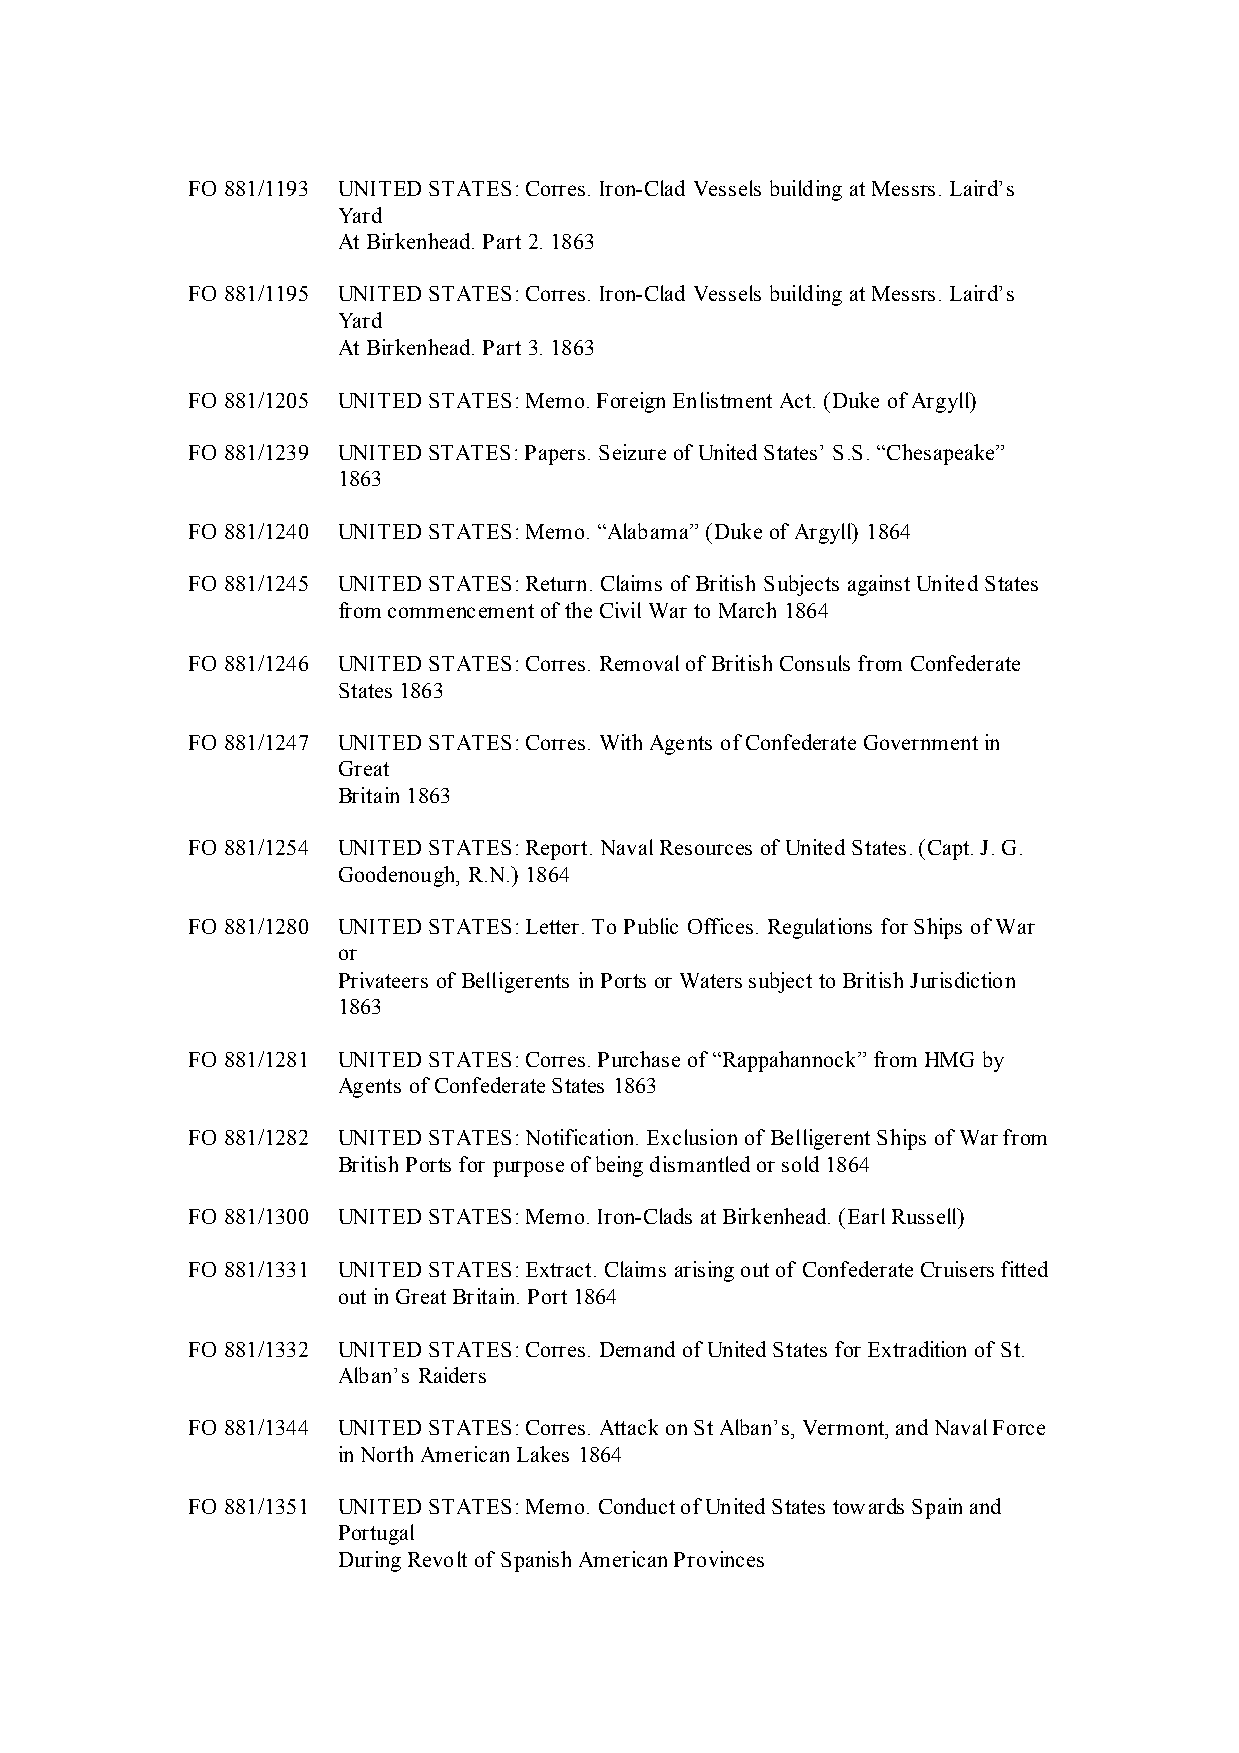
FO 881/1193 UNITED STATES: Corres. Iron-Clad Vessels building at Messrs. Laird’s
 Yard
 At Birkenhead. Part 2. 1863
 FO 881/1195 UNITED STATES: Corres. Iron-Clad Vessels building at Messrs. Laird’s
 Yard
 At Birkenhead. Part 3. 1863
 FO 881/1205 UNITED STATES: Memo. Foreign Enlistment Act. (Duke of Argyll)
 FO 881/1239 UNITED STATES: Papers. Seizure of United States’ S.S. “Chesapeake”
 1863
 FO 881/1240 UNITED STATES: Memo. “Alabama” (Duke of Argyll) 1864
 FO 881/1245 UNITED STATES: Return. Claims of British Subjects against United States
 from commencement of the Civil War to March 1864
 FO 881/1246 UNITED STATES: Corres. Removal of British Consuls from Confederate
 States 1863
 FO 881/1247 UNITED STATES: Corres. With Agents of Confederate Government in
 Great
 Britain 1863
 FO 881/1254 UNITED STATES: Report. Naval Resources of United States. (Capt. J. G.
 Goodenough, R.N.) 1864
 FO 881/1280 UNITED STATES: Letter. To Public Offices. Regulations for Ships of War
 or
 Privateers of Belligerents in Ports or Waters subject to British Jurisdiction
 1863
 FO 881/1281 UNITED STATES: Corres. Purchase of “Rappahannock” from HMG by
 Agents of Confederate States 1863
 FO 881/1282 UNITED STATES: Notification. Exclusion of Belligerent Ships of War from
 British Ports for purpose of being dismantled or sold 1864
 FO 881/1300 UNITED STATES: Memo. Iron-Clads at Birkenhead. (Earl Russell)
 FO 881/1331 UNITED STATES: Extract. Claims arising out of Confederate Cruisers fitted
 out in Great Britain. Port 1864
 FO 881/1332 UNITED STATES: Corres. Demand of United States for Extradition of St.
 Alban’s Raiders
 FO 881/1344 UNITED STATES: Corres. Attack on St Alban’s, Vermont, and Naval Force
 in North American Lakes 1864
 FO 881/1351 UNITED STATES: Memo. Conduct of United States towards Spain and
 Portugal
 During Revolt of Spanish American Provinces